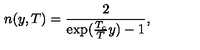
n ( y , T ) = \frac { 2 } { \exp ( \frac { T _ { c } } { T } y ) - 1 } ,